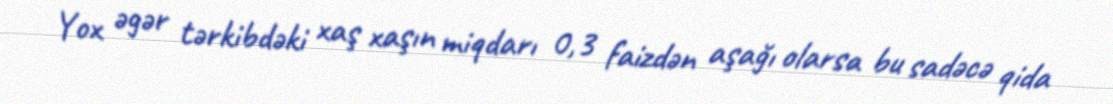
Yox əgər tərkibdəki xaş xaşın miqdarı 0,3 faizdən aşağı olarsa bu sadəcə qida